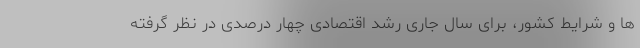
ها و شرایط کشور، برای سال جاری رشد اقتصادی چهار درصدی در نظر گرفته